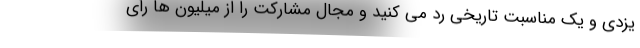
یزدی و یک مناسبت تاریخی رد می کنید و مجال مشارکت را از میلیون ها رأی